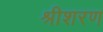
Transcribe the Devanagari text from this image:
श्रीशरण